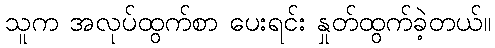
သူက အလုပ်ထွက်စာ ပေးရင်း နှုတ်ထွက်ခဲ့တယ်။